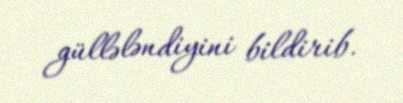
güllələndiyini bildirib.